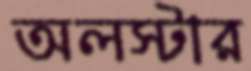
অলস্টার